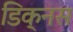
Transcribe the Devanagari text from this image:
डिक्नस